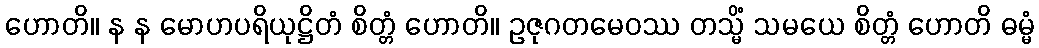
ဟောတိ။ န န မောဟပရိယုဋ္ဌိတံ စိတ္တံ ဟောတိ။ ဥဇုဂတမေဝဿ တသ္မိံ သမယေ စိတ္တံ ဟောတိ ဓမ္မံ